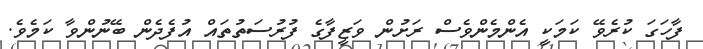
ފާހަގަ ކުރެވޭ ކަމަކީ އެންމެންވެސް ރަށުން ވަޒީފާގެ ފުރުސަތުތައް އުފެދެން ބޭނުންވާ ކަމެވެ.